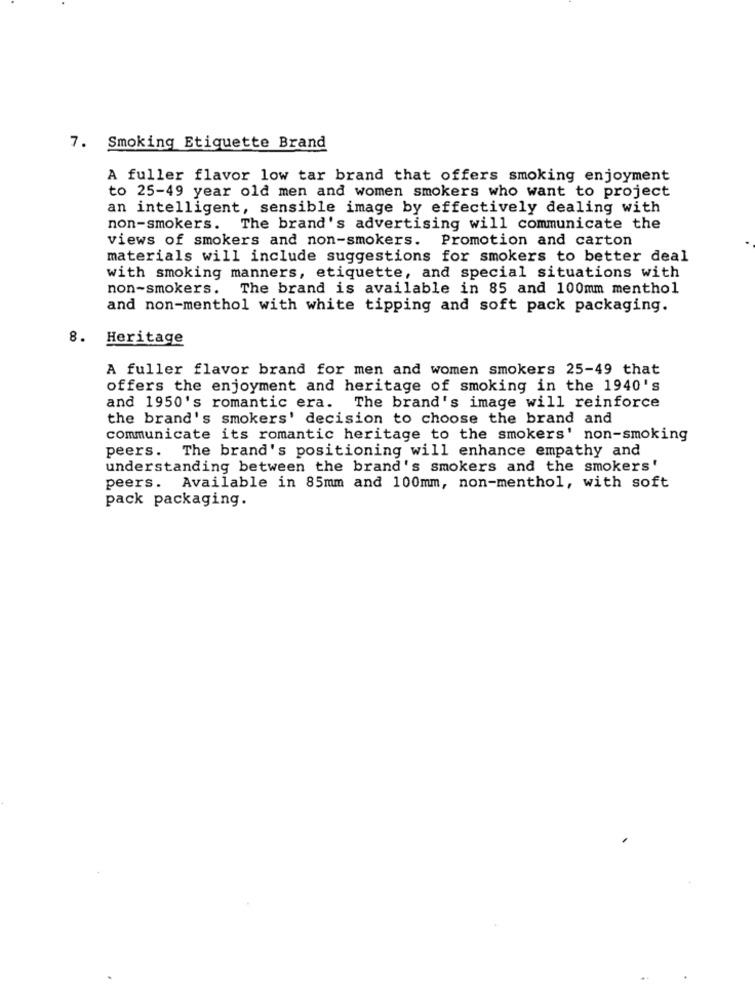
7. Smoking Etiquette Brand
A fuller flavor low tar brand that offers smoking enjoyment
to 25-49 year old men and women smokers who want to project
an intelligent, sensible image by effectively dealing with
non-smokers. The brand's advertising will communicate the
views of smokers and non-smokers. Promotion and carton
materials will include suggestions for smokers to better deal
with smoking manners, etiquette, and special situations with
non-smokers. The brand is available in 85 and 100mm menthol
and non-menthol with white tipping and soft pack packaging.
8. Heritage
A fuller flavor brand for men and women smokers 25-49 that
offers the enjoyment and heritage of smoking in the 1940's
and 1950's romantic era. The brand's image will reinforce
the brand's smokers' decision to choose the brand and
communicate its romantic heritage to the smokers' non-smoking
peers. The brand's positioning will enhance empathy and
understanding between the brand's smokers and the smokers'
peers. Available in 85mm and 100mm, non-menthol, with soft
pack packaging.